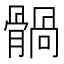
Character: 䯞